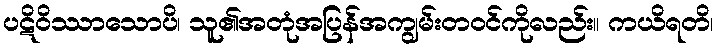
ပဋိဝိဿာသောပိ၊ သူ၏အတုံအပြန်အကျွမ်းတဝင်ကိုလည်း။ ကယိရတိ၊